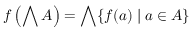
f \left( \bigwedge A \right) = \bigwedge \{ f ( a ) \mid a \in A \}